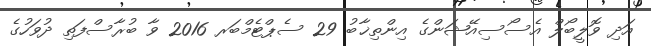
އަދި ވޮލީބޯލް އެސޯސިއޭޝަންގެ އިންތިޚާބު 29 ސެޕްޓެމްބަރ 2016 ވާ ބުރާސްފަތި ދުވަހުގެ